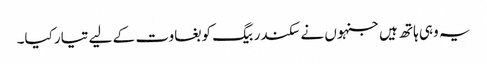
یہ وہی ہاتھ ہیں جنہوں نے سکندر بیگ کو بغاوت کے لیے تیار کیا۔